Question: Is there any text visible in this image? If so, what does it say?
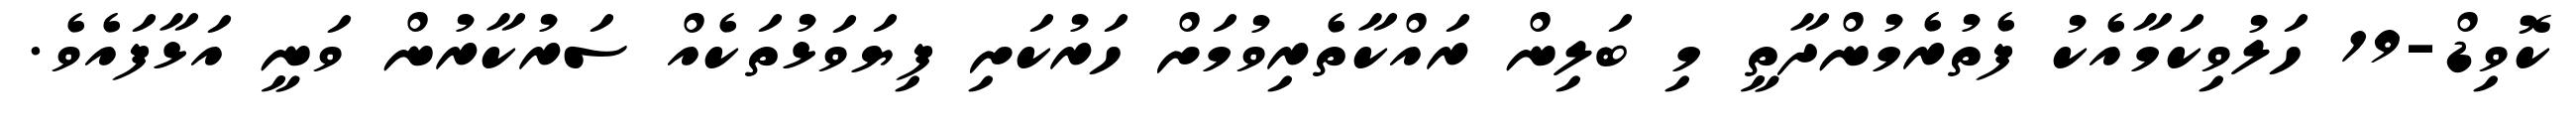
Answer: ކޮވިޑް-19 ހަލުވިކަމާއެކު ފެތުރެމުންދާތީ މި ބަލިން ރައްކާތެރިވުމަށް ހަރުކަށި ފިޔަވަޅުތަކެއް ސަރުކާރުން ވަނީ އަޅާފައެވެ.